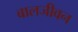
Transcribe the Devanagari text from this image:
बालजीवन